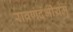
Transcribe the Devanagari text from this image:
रावणदंभीयमु